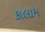
કાલામ